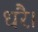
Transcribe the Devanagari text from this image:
धरै।